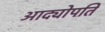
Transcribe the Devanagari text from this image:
आद्योपति